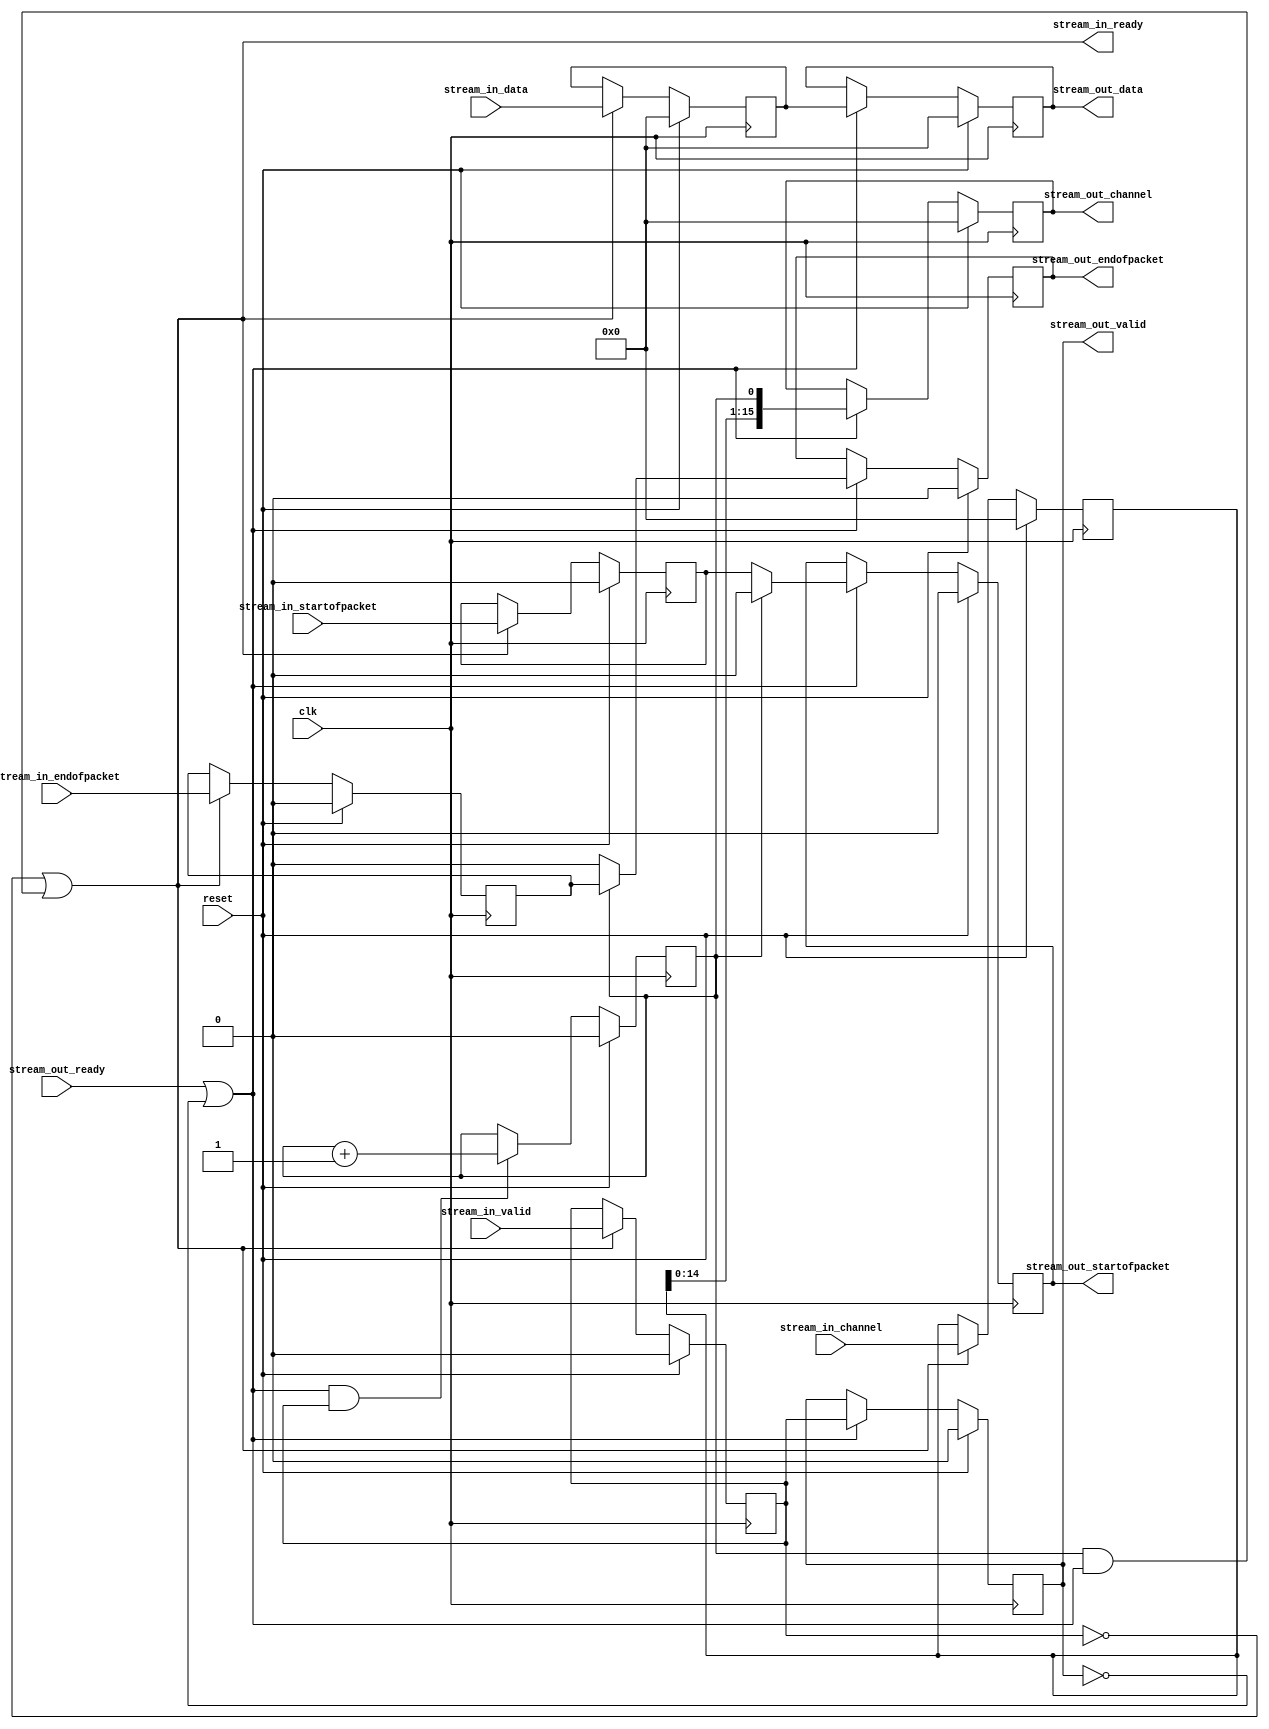
module altera_up_video_scaler_multiply_width (
	clk,
	reset,
	stream_in_channel,
	stream_in_data,
	stream_in_startofpacket,
	stream_in_endofpacket,
	stream_in_valid,
	stream_out_ready,
	stream_in_ready,
	stream_out_channel,
	stream_out_data,
	stream_out_startofpacket,
	stream_out_endofpacket,
	stream_out_valid
);
parameter CW	=  15; 
parameter DW	=  15; 
parameter MCW	=   0; 
input						clk;
input						reset;
input			[CW: 0]	stream_in_channel;
input			[DW: 0]	stream_in_data;
input						stream_in_startofpacket;
input						stream_in_endofpacket;
input						stream_in_valid;
input						stream_out_ready;
output					stream_in_ready;
output reg	[CW: 0]	stream_out_channel;
output reg	[DW: 0]	stream_out_data;
output reg				stream_out_startofpacket;
output reg				stream_out_endofpacket;
output reg				stream_out_valid;
reg			[CW: 0]	channel;
reg			[DW: 0]	data;
reg						startofpacket;
reg						endofpacket;
reg						valid;
reg			[MCW:0]	enlarge_width_counter;
always @(posedge clk)
begin
	if (reset)
	begin
		stream_out_channel				<=  'h0;
		stream_out_data					<=  'h0;
		stream_out_startofpacket		<= 1'b0;
		stream_out_endofpacket			<= 1'b0;
		stream_out_valid					<= 1'b0;
	end
	else if (stream_out_ready | ~stream_out_valid)
	begin
		stream_out_channel				<= {channel, enlarge_width_counter};
		stream_out_data					<= data;
		if (|(enlarge_width_counter))
			stream_out_startofpacket	<= 1'b0;
		else
			stream_out_startofpacket	<= startofpacket;
		if (&(enlarge_width_counter))
			stream_out_endofpacket		<= endofpacket;
		else
			stream_out_endofpacket		<= 1'b0;
		stream_out_valid					<= valid;
	end
end
always @(posedge clk)
begin
	if (reset)
	begin
		channel								<=  'h0;
		data									<=  'h0;
		startofpacket						<= 1'b0;
		endofpacket							<= 1'b0;
		valid									<= 1'b0;
	end
	else if (stream_in_ready)
	begin
		channel								<= stream_in_channel;
		data									<= stream_in_data;
		startofpacket						<= stream_in_startofpacket;
		endofpacket							<= stream_in_endofpacket;
		valid									<= stream_in_valid;
	end
end
always @(posedge clk)
begin
	if (reset)
		enlarge_width_counter <= 'h0;
	else if ((stream_out_ready | ~stream_out_valid) & valid)
		enlarge_width_counter <= enlarge_width_counter + 1;
end
assign stream_in_ready	= (~valid) | 
	((&(enlarge_width_counter)) & (stream_out_ready | ~stream_out_valid));
endmodule